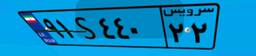
۸۹S۷۲۷۱۰